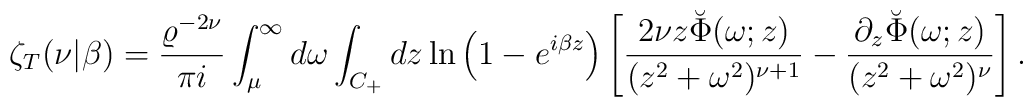
\zeta_T(\nu|\beta)={\varrho^{-2\nu} \over \pi i}\int_{\mu}^{\infty} d\omega \int_{C_+} dz\ln\left(1-e^{i\beta z}\right)\left[{2\nu z \breve{\Phi}(\omega;z) \over(z^2+\omega^2)^{\nu+1}}-{\partial_z\breve{\Phi}(\omega;z) \over(z^2+\omega^2)^{\nu}}\right].